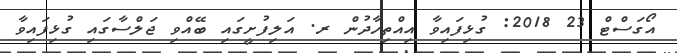
އޯގަސްޓް 23 2018: ގުޅިފައިވާ އިއްތިހާދުން ރ. އަލިފުށީގައި ބޭއްވި ޖަލްސާގައި ގުޅިފައިވާ